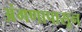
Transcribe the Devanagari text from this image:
अंगणापासून